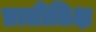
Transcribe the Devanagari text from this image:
प्रातीतिक्ष